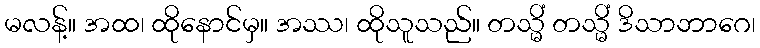
မလန့်။ အထ၊ ထိုနောင်မှ။ အဿ၊ ထိုသူသည်။ တသ္မိံ တသ္မိံ ဒိသာဘာဂေ၊